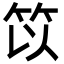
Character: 笖